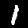
Digit: 1